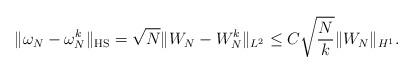
LaTeX: \begin{align*} \| \omega_N - \omega_N^k \|_{\mathrm{HS}} = \sqrt{N} \| W_N - W_N^k \|_{L^2} \leq C \sqrt{\frac{N}{k}} \| W_N\|_{H^1}. \end{align*}